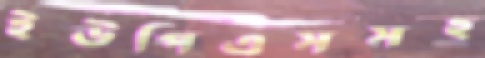
ইউপিএসসহ